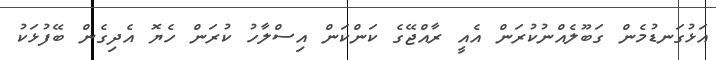
އަޅުގަނޑުމެން ގަބޫލެއްނުކުރަން އެއީ ރާއްޖޭގެ ކަންކަން އިސްލާހު ކުރަން ހެޔޮ އެދިގެން ބޭފުޅަކު